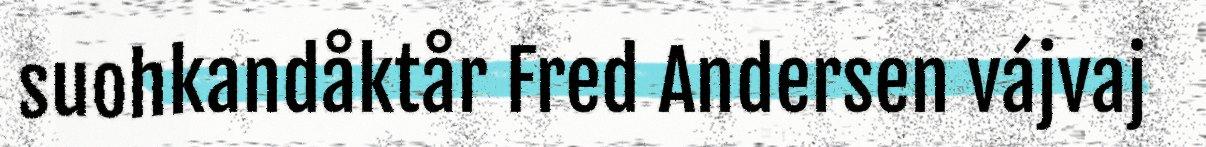
suohkandåktår Fred Andersen vájvaj